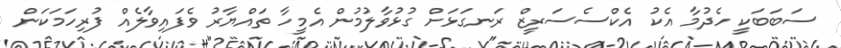
ސަބަބަކީ ހެދުމާ އެކު އެކްސެސަރީޒް ރަނގަޅަށް ގުޅުވާލުމުން އެމީހާ ތައްޔާރު ވެފައިވާލެއް ފުރިހަމަކަން